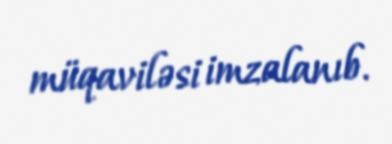
müqaviləsi imzalanıb.